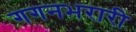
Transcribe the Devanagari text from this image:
गगनभरारी